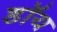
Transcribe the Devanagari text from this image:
डॉय